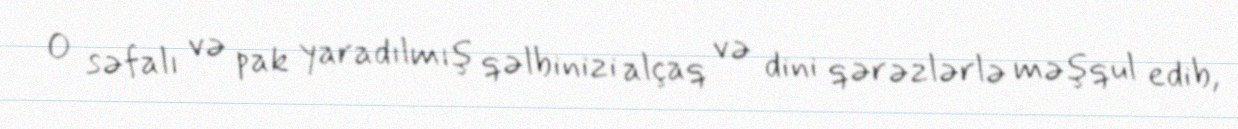
O səfalı və pak yaradılmış qəlbinizi alçaq və dini qərəzlərlə məşqul edib,